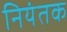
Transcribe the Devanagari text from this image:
नियंतक